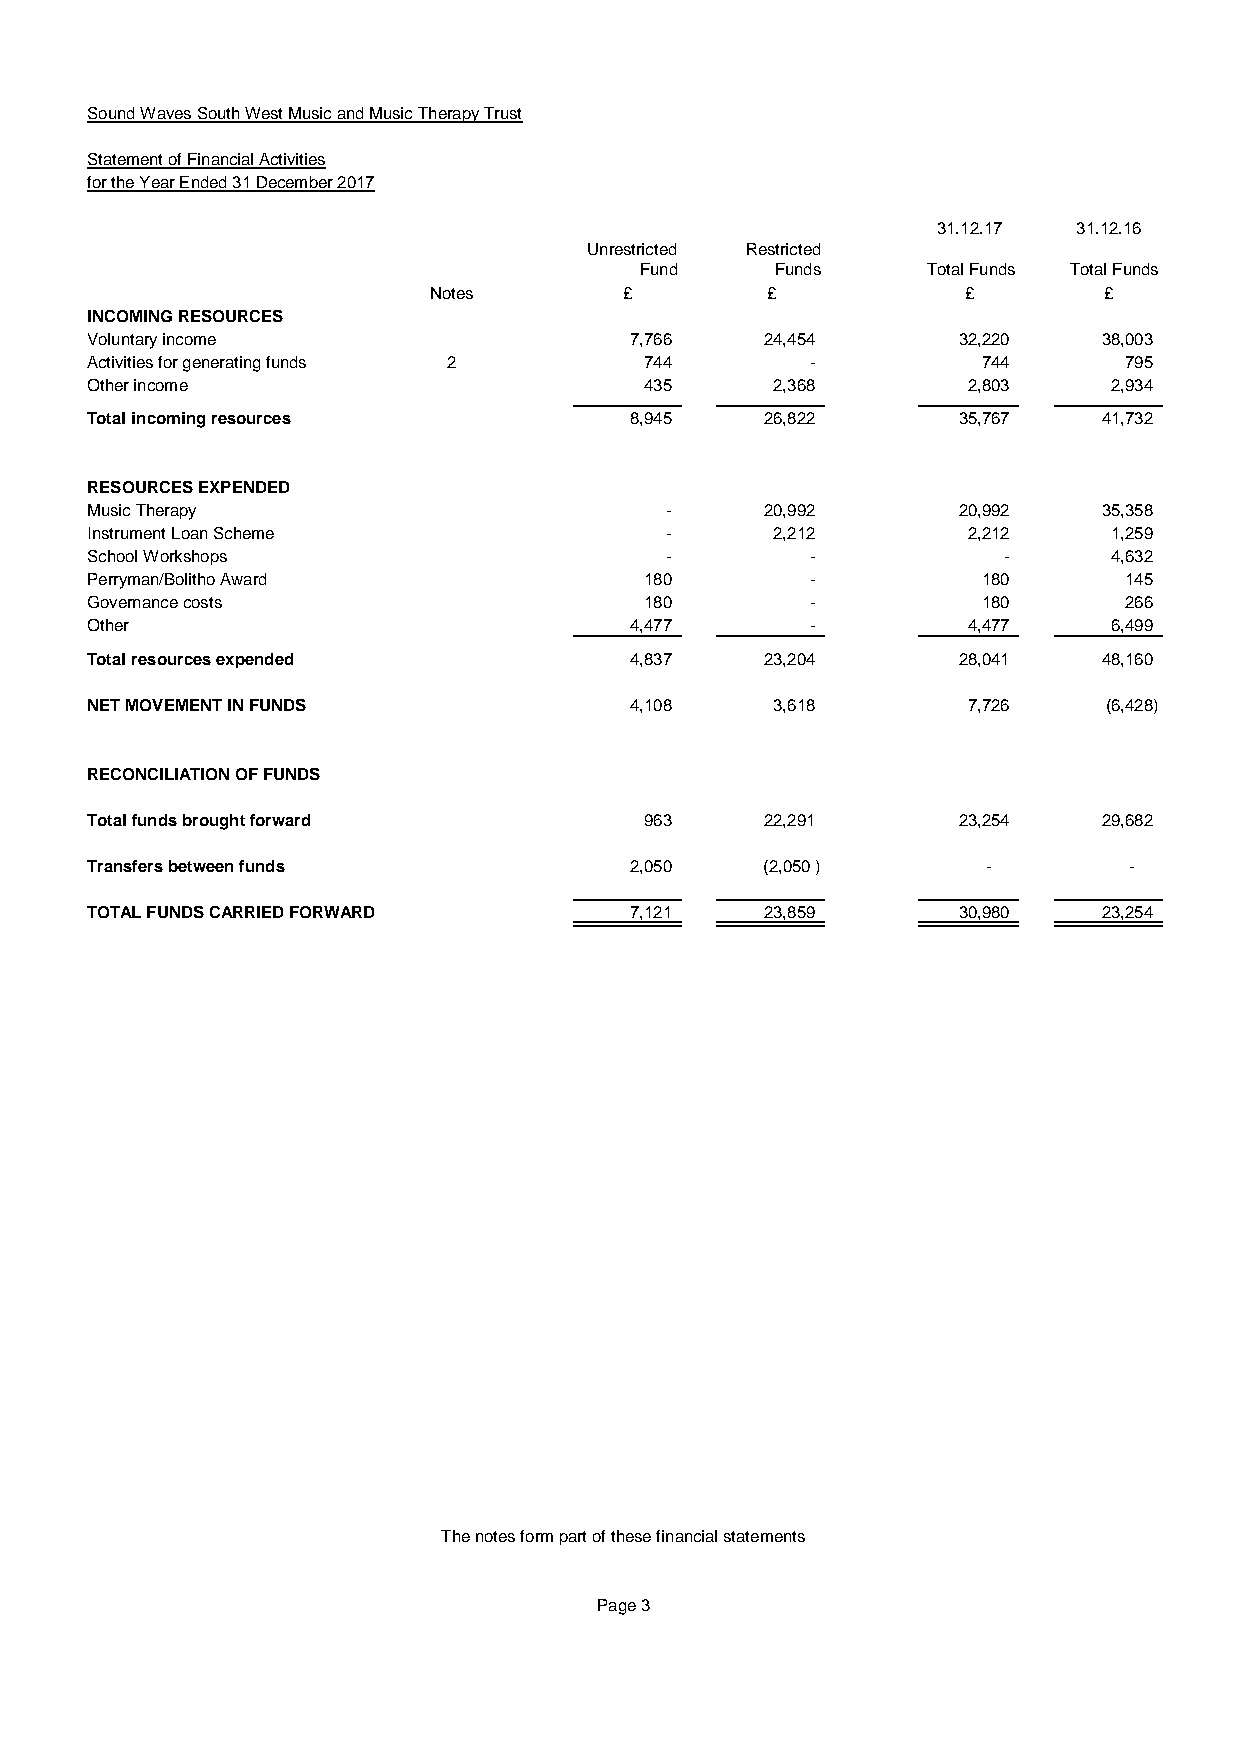
Sound Waves South West Music and Music Therapy Trust
 Statement of Financial Activities
 for the Year Ended 31 December 2017
 31.12.17 31.12.16
 Unrestricted Restricted
 Fund     Funds     Total Funds Total Funds
 Notes        £         £            £        £
 INCOMING RESOURCES
 Voluntary income                    7,766    24,454      32,220    38,003
 Activities for generating funds 2    744        -          744      795
 Other income                         435     2,368        2,803     2,934
 Total incoming resources            8,945    26,822      35,767    41,732
 RESOURCES EXPENDED
 Music Therapy                         -      20,992      20,992    35,358
 Instrument Loan Scheme                -      2,212        2,212     1,259
 School Workshops                      -         -           -       4,632
 Perryman/Bolitho Award               180        -          180      145
 Governance costs                     180        -          180      266
 Other                               4,477       -         4,477     6,499
 Total resources expended            4,837    23,204      28,041    48,160
 NET MOVEMENT IN FUNDS               4,108    3,618        7,726    (6,428)
 RECONCILIATION OF FUNDS
 Total funds brought forward          963     22,291      23,254    29,682
 Transfers between funds             2,050   (2,050 )       -         -
 TOTAL FUNDS CARRIED FORWARD         7,121    23,859      30,980    23,254
 The notes form part of these financial statements
 Page 3